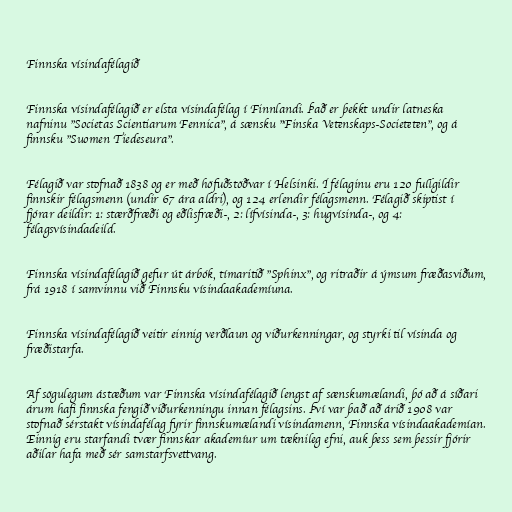
Finnska vísindafélagið

Finnska vísindafélagið er elsta vísindafélag í Finnlandi. Það er þekkt undir latneska
nafninu "Societas Scientiarum Fennica", á sænsku "Finska Vetenskaps-Societeten", og á
finnsku "Suomen Tiedeseura".

Félagið var stofnað 1838 og er með höfuðstöðvar í Helsinki. Í félaginu eru 120 fullgildir
finnskir félagsmenn (undir 67 ára aldri), og 124 erlendir félagsmenn. Félagið skiptist í
fjórar deildir: 1: stærðfræði og eðlisfræði-, 2: lífvísinda-, 3: hugvísinda-, og 4:
félagsvísindadeild.

Finnska vísindafélagið gefur út árbók, tímaritið "Sphinx", og ritraðir á ýmsum fræðasviðum,
frá 1918 í samvinnu við Finnsku vísindaakademíuna.

Finnska vísindafélagið veitir einnig verðlaun og viðurkenningar, og styrki til vísinda og
fræðistarfa.

Af sögulegum ástæðum var Finnska vísindafélagið lengst af sænskumælandi, þó að á síðari
árum hafi finnska fengið viðurkenningu innan félagsins. Því var það að árið 1908 var
stofnað sérstakt vísindafélag fyrir finnskumælandi vísindamenn, Finnska vísindaakademían.
Einnig eru starfandi tvær finnskar akademíur um tæknileg efni, auk þess sem þessir fjórir
aðilar hafa með sér samstarfsvettvang.